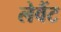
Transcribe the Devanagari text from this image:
लेवैंट